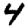
Digit: 4